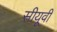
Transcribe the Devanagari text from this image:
सीयूवी